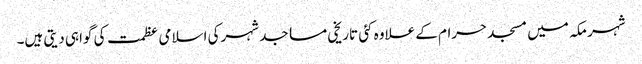
شہر مکہ میں مسجد حرام کے علاوہ کئی تاریخی مساجد شہرکی اسلامی عظمت کی گواہی دیتی ہیں۔